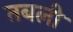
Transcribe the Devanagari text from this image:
तबली